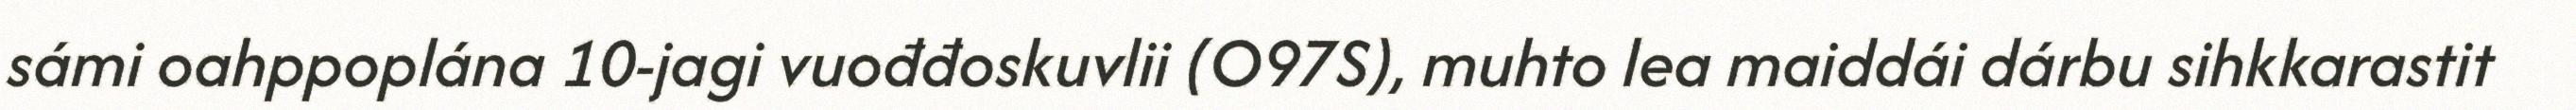
sámi oahppoplána 10-jagi vuođđoskuvlii (O97S), muhto lea maiddái dárbu sihkkarastit